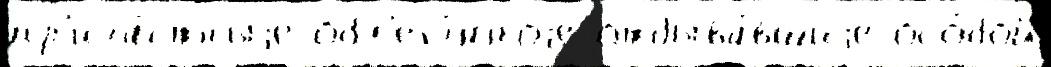
пр'ича́стныjе обл'егч́нноjе отбыва́вшиjе осо́бой